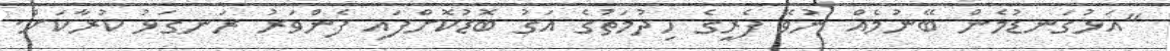
"އަޅުގަނޑުމެން ބޭނުމެއް ނުވޭ ފެރީގެ ހިދުމަތުގެ އަގު ބޮޑުކޮށްފައި ފެންވަރު ރަނގަޅު ކުރާކަށް.